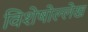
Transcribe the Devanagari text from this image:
विशेषोल्लेख